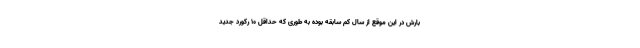
بارش در این موقع از سال کم سابقه بوده به طوری که حداقل 10 رکورد جدید